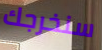
سنخرجك